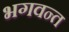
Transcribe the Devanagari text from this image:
भगवन्‍त